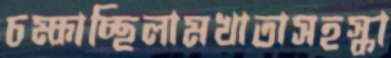
চম্‌কাচ্ছিলামখাতাসহস্কা